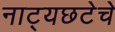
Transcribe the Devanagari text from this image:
नाट्यछटेचे